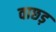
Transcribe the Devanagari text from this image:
वाछड़